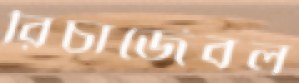
রিচার্জেবল